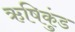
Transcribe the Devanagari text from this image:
ऋषिकुंड